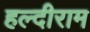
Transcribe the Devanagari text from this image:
हल्दीराम